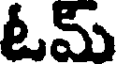
ఓమ్